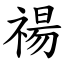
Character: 禓